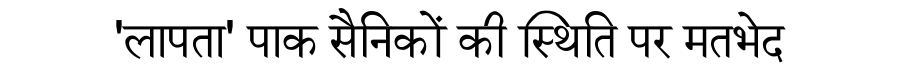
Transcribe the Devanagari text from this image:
'लापता' पाक सैनिकों की स्थिति पर मतभेद